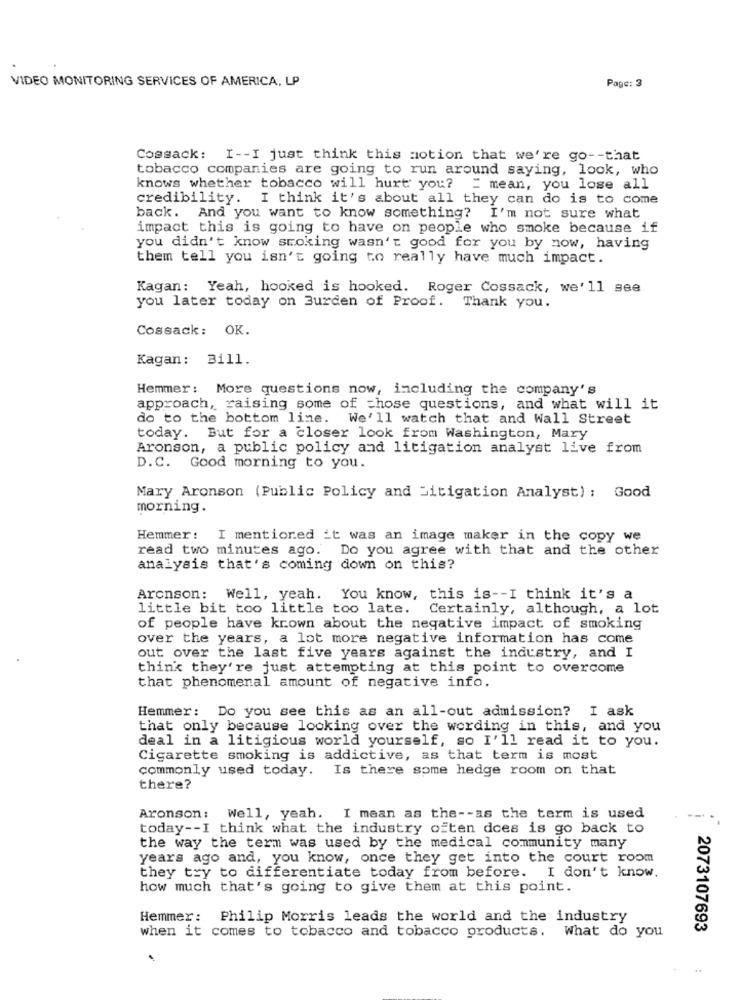
VIDEO MONITORING SERVICES OF AMERICA, LP
Page: 3
Cossack: I -- I just think this notion that we're go -- that
tobacco companies are going to run around saying, look, who
knows whether tobacco will hurt you? " mean, you lose all
credibility. I think it's about all they can do is to come
back. And you want to know something? I'm not sure what
impact this is going to have on people who smoke because if
you didn't know smoking wasn't good for you by now, having
them tell you isn't going to really have much impact.
Kagan: Yeah, hooked is hooked. Roger Cossack, we'll see
you later today on Burden of Proof. Thank you.
Cossack: OK.
Kagan: Bill.
Hemmer: More questions now, including the company's
approach, raising some of those questions, and what will it
do to the bottom line. We'll watch that and Wall Street
today. But for a closer look from Washington, Mary
Aronson, a public policy and litigation analyst live from
D.C. Good morning to you.
Mary Aronson (Public Policy and Litigation Analyst) : Good
morning.
Hemmer: I mentioned _t was an image maker in the copy we
read two minutes ago. Do you agree with that and the other
analysis that's coming down on this?
Aronson: Well, yeah. You know, this is -- I think it's a
little bit too little too late. Certainly, although, a lot
of people have known about the negative impact of smoking
over the years, a lot more negative information has come
out over the last five years against the industry, and I
think they're just attempting at this point to overcome
that phenomenal amount of negative info.
Hemmer: Do you see this as an all-out admission? I ask
that only because looking over the wording in this, and you
deal in a litigious world yourself, so I'll read it to you.
Cigarette smoking is addictive, as that term is most
commonly used today. Is there some hedge room on that
there?
Aronson: Well, yeah. I mean as the -- as the term is used
today -- I think what the industry often does is go back to
the way the term was used by the medical community many
years ago and, you know, once they get into the court room
they try to differentiate today from before. I don't know.
how much that's going to give them at this point.
Hemmer: Philip Morris leads the world and the industry
2073107693
when it comes to tobacco and tobacco products.
What do you